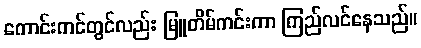
ကောင်းကင်တွင်လည်း မြူတိမ်ကင်းကာ ကြည်လင်နေသည်။